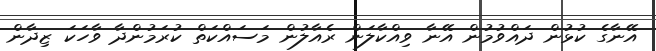
އޭނާގެ ކުޅުން ދައްވުމުން އޭނާ ވިއްކާލަން ރެއާލުން މަސައްކަތް ކުރަމުންދާ ވާހަކަ ޒިދާން